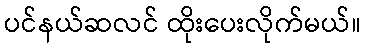
ပင်နယ်ဆလင် ထိုးပေးလိုက်မယ်။